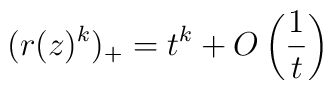
(r(z)^k)_+ = t^k + O\left( \frac1t \right)